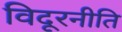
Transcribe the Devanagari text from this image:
विदूरनीति